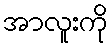
အာလူးကို